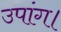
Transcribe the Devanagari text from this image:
उपांग।